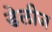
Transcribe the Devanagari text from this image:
डेलीज